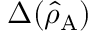
\Delta ( \hat { \rho } _ { \mathrm { A } } )